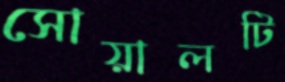
সোয়ালটি